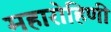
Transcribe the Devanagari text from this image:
महारोहिणी